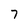
Character: 7